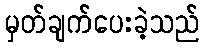
မှတ်ချက်ပေးခဲ့သည်